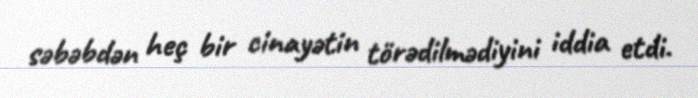
səbəbdən heç bir cinayətin törədilmədiyini iddia etdi.